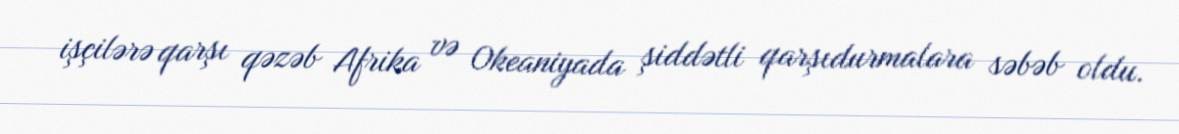
işçilərə qarşı qəzəb Afrika və Okeaniyada şiddətli qarşıdurmalara səbəb oldu.